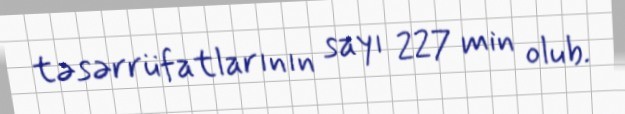
təsərrüfatlarının sayı 227 min olub.